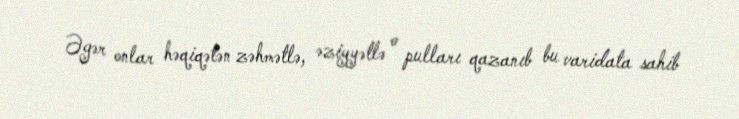
Əgər onlar həqiqətən zəhmətlə, əziyyətlə o pulları qazanıb bu varidata sahib